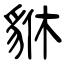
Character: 貅